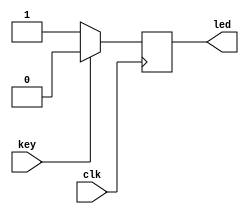
`timescale 1ns / 1ps
//////////////////////////////////////////////////////////////////////////////////
// Company: 
// Engineer: 
// 
// Design Name: 
// Module Name: Key
// Project Name: 
// Target Devices: 
// Tool Versions: 
// Description: 
// 
// Dependencies: 
// 
// Revision:
// Revision 0.01 - File Created
// Additional Comments:
// 
//////////////////////////////////////////////////////////////////////////////////


module Key(
    input clk,
    input key,
    output reg led);
    always @(posedge clk) begin
        if (key) led <= 0;
        else led <= 1;
    end
endmodule